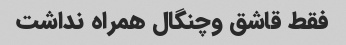
فقط قاشق وچنگال همراه نداشت